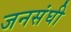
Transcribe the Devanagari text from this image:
जनसंघी